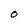
Character: O